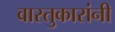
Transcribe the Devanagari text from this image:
वास्तुकारांनी